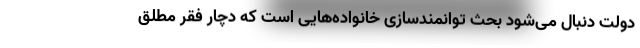
دولت دنبال می‌شود بحث توانمندسازی خانواده‌هایی است که دچار فقر مطلق